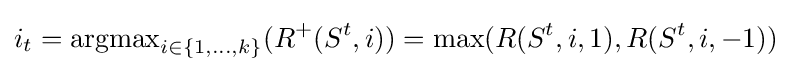
i_{t}=\operatorname {argmax} \limits _{i\in \{1,\ldots ,k\}}(R^{+}(S^{t},i))=\max(R(S^{t},i,1),R(S^{t},i,-1))